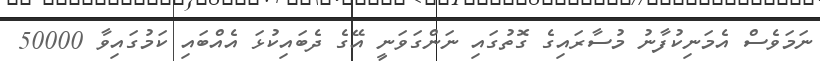
ނަމަވެސް އެމަނިކުފާނު މުސާރައިގެ ގޮތުގައި ނަންގަވަނީ އޭގެ ދެބައިކުޅަ އެއްބައި ކަމުގައިވާ 50000